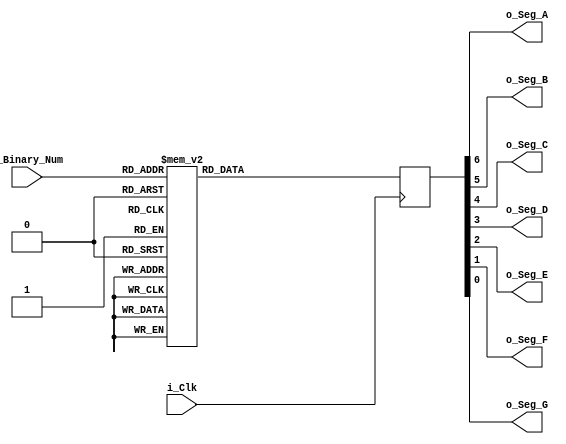
module binary_to_7Seg (
    input i_Clk,
    input [3:0] i_Binary_Num,
    output o_Seg_A,
    output o_Seg_B,
    output o_Seg_C,
    output o_Seg_D,
    output o_Seg_E,
    output o_Seg_F,
    output o_Seg_G);

reg [6:0] r_num_encoding = 7'b0000000;

always @(posedge i_Clk) begin
    case (i_Binary_Num)
        4'b0000: r_num_encoding <= 7'b1111110; // 0
        4'b0001: r_num_encoding <= 7'b0110000; // 1
        4'b0010: r_num_encoding <= 7'b1101101; // 2
        4'b0011: r_num_encoding <= 7'b1111001; // 3
        4'b0100: r_num_encoding <= 7'b0110011; // 4
        4'b0101: r_num_encoding <= 7'b1011011; // 5
        4'b0110: r_num_encoding <= 7'b1011111; // 6
        4'b0111: r_num_encoding <= 7'b1110000; // 7
        4'b1000: r_num_encoding <= 7'b1111111; // 8
        4'b1001: r_num_encoding <= 7'b1110011; // 9
        4'b1010: r_num_encoding <= 7'b0000001; // -
        4'b1011: r_num_encoding <= 7'b0000001; // -
        4'b1100: r_num_encoding <= 7'b0000001; // -
        4'b1101: r_num_encoding <= 7'b0000001; // -
        4'b1110: r_num_encoding <= 7'b0000001; // -
        4'b1111: r_num_encoding <= 7'b0000001; // -
        default: r_num_encoding <= 7'b1111111; // -
    endcase
end

assign o_Seg_A = r_num_encoding[6];
assign o_Seg_B = r_num_encoding[5];
assign o_Seg_C = r_num_encoding[4];
assign o_Seg_D = r_num_encoding[3];
assign o_Seg_E = r_num_encoding[2];
assign o_Seg_F = r_num_encoding[1];
assign o_Seg_G = r_num_encoding[0];

endmodule